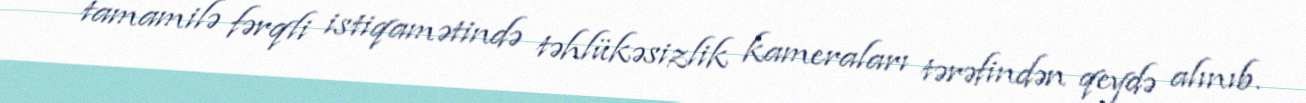
tamamilə fərqli istiqamətində təhlükəsizlik kameraları tərəfindən qeydə alınıb.